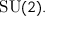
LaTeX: { \mathrm { S U } } ( 2 ) .